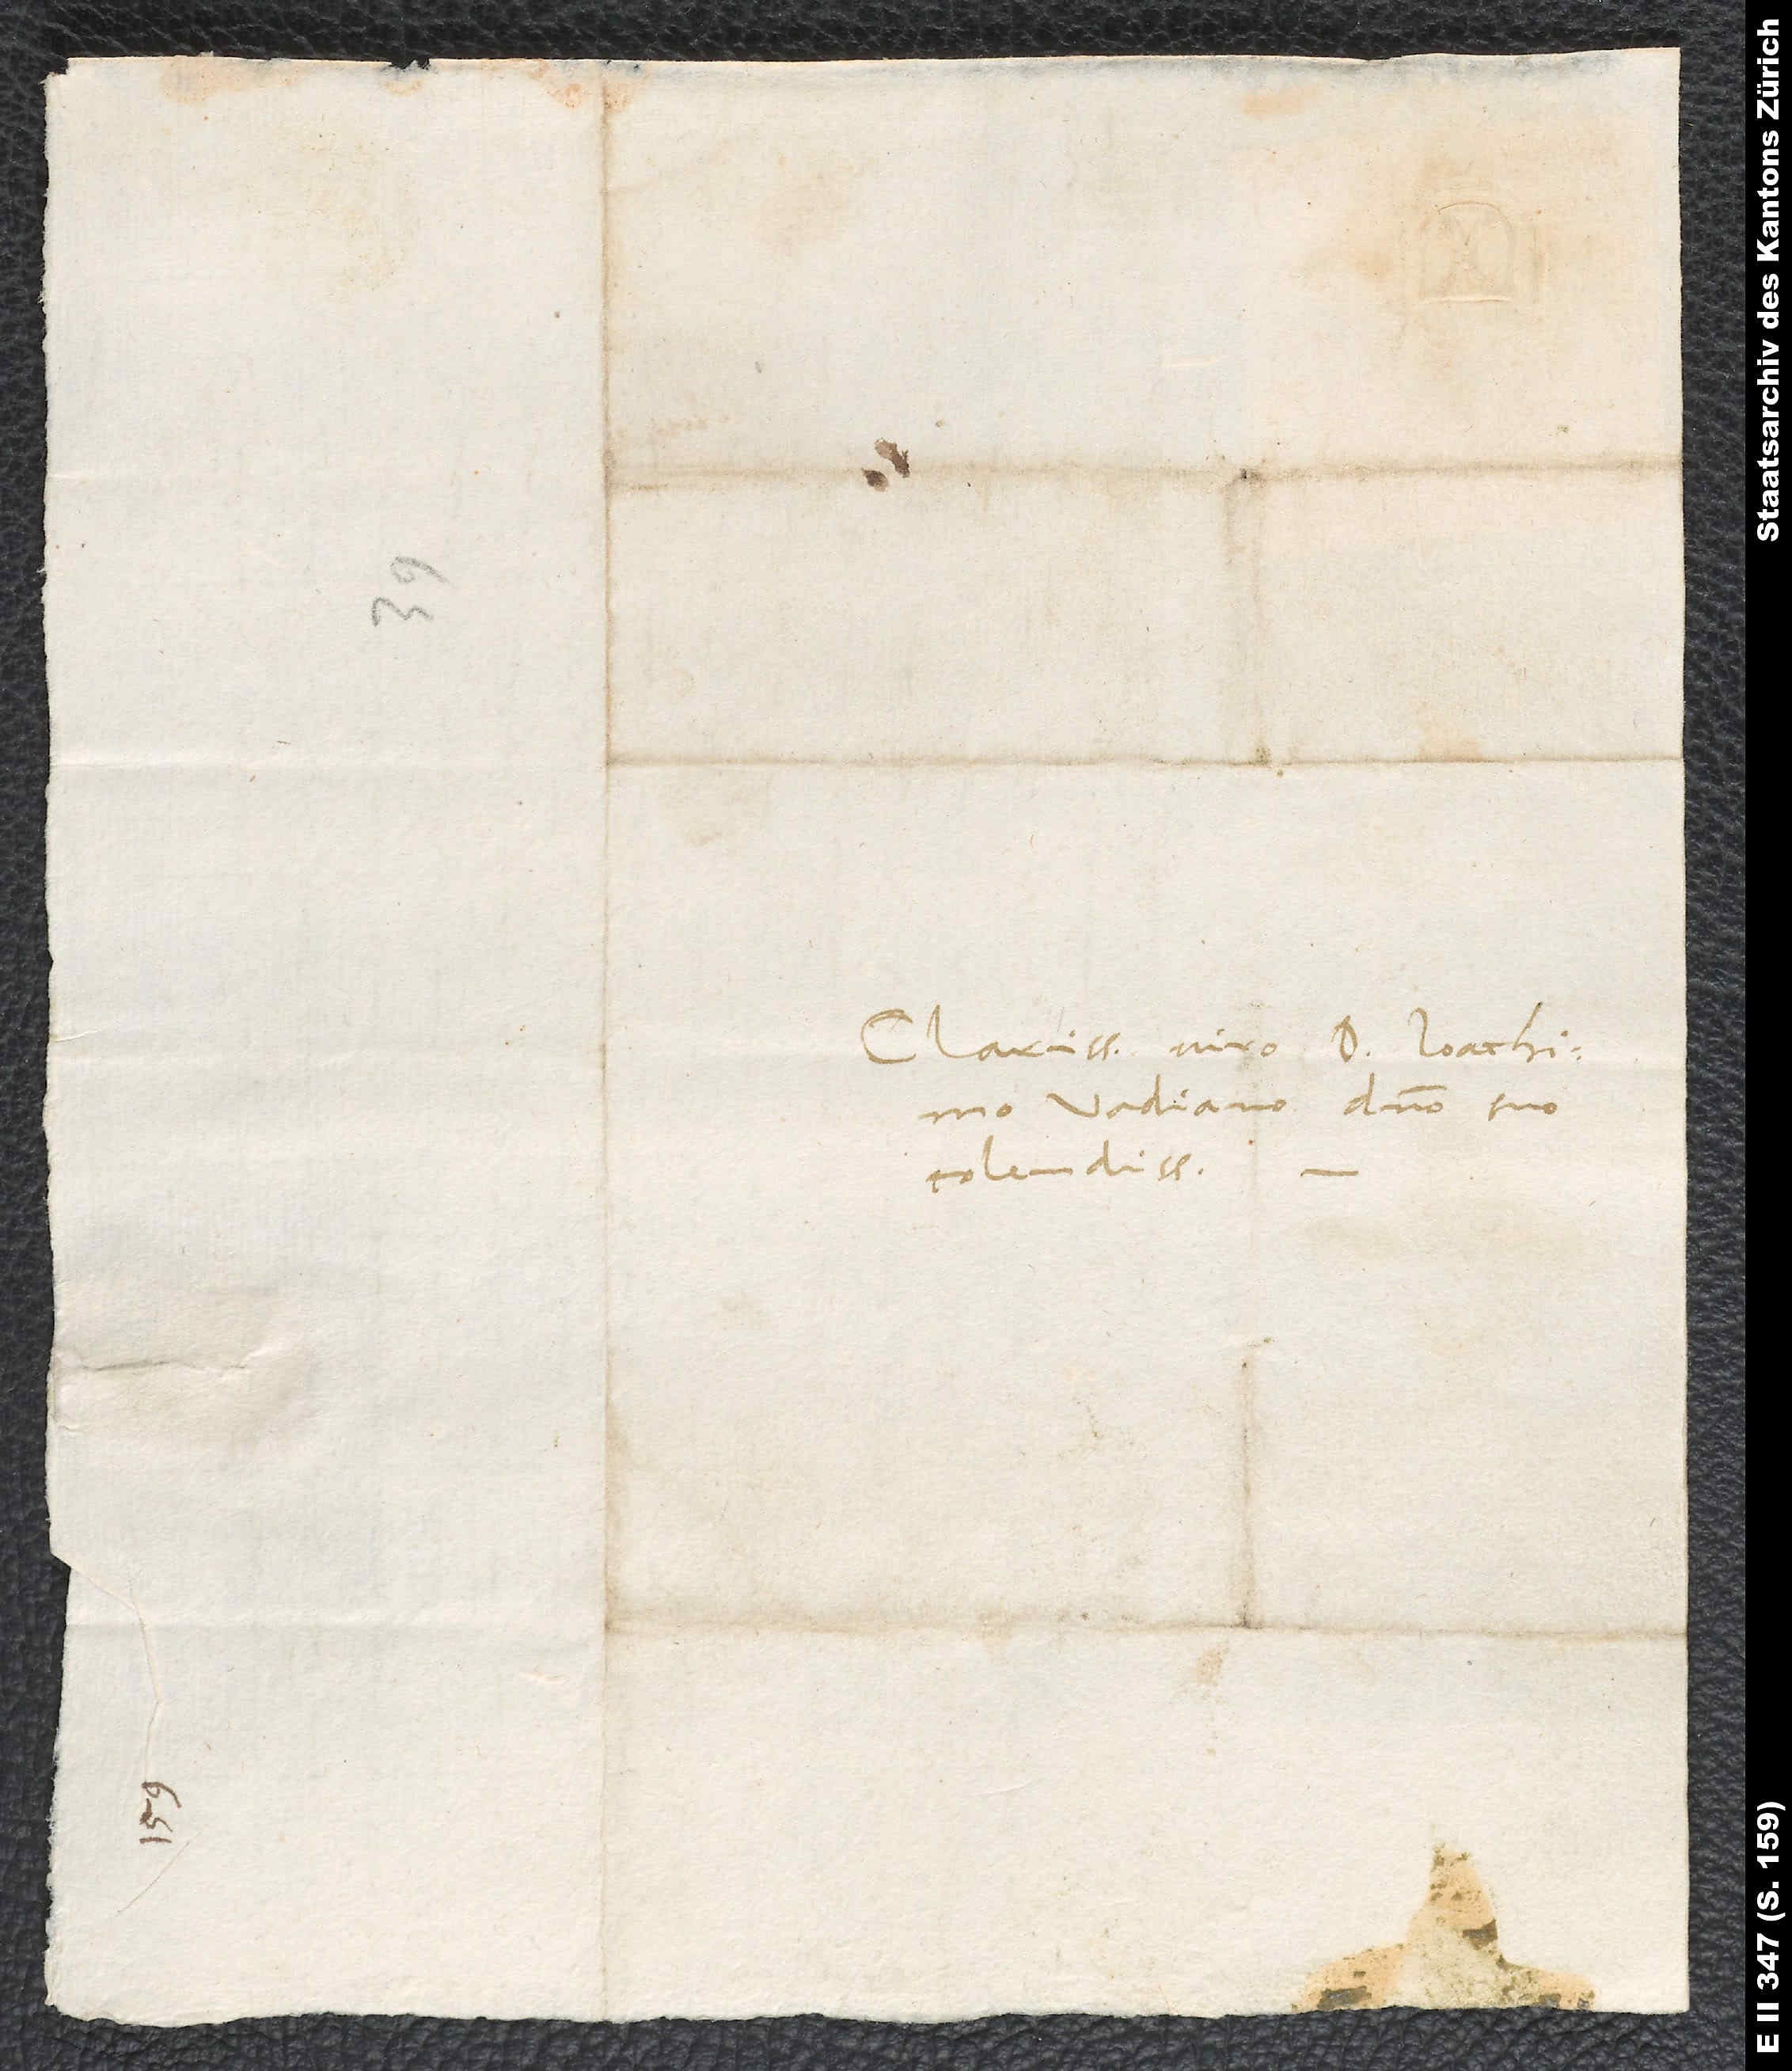
Clarissimo viro D. Ioachimo
Vadiano, domino suo
colendissimo.